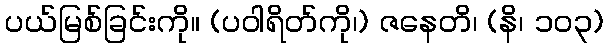
ပယ်မြစ်ခြင်းကို။ (ပဝါရိတ်ကို၊) ဇနေတိ၊ (နိ၊ ၁၀၃)